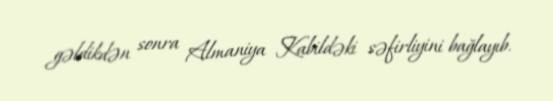
gəldikdən sonra Almaniya Kabildəki səfirliyini bağlayıb.